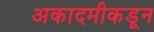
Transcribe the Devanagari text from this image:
अकादमीकडून